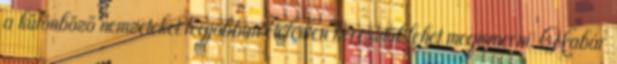
a különböző nemzeteket legjobban ételeiken keresztül lehet megismerni. Habár